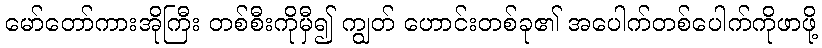
မော်တော်ကားအိုကြီး တစ်စီးကိုမှီ၍ ကျွတ် ဟောင်းတစ်ခု၏ အပေါက်တစ်ပေါက်ကိုဖာဖို့